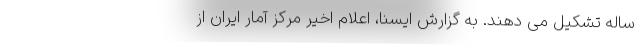
ساله تشکیل می دهند. به گزارش ایسنا، اعلام اخیر مرکز آمار ایران از